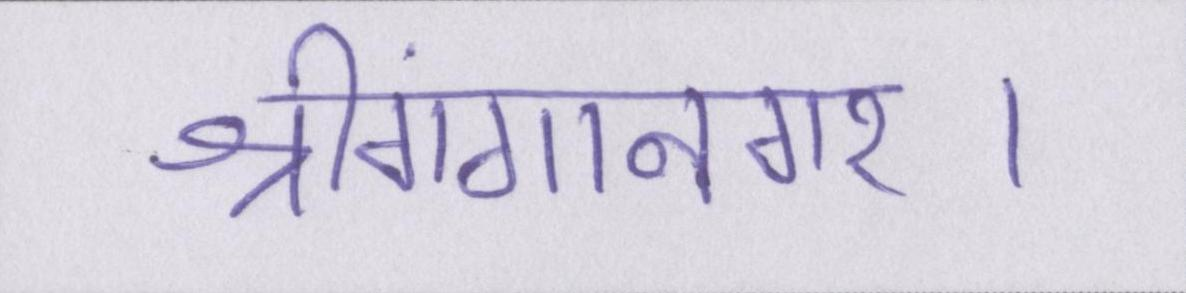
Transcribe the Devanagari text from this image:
श्रीगंगानगर।